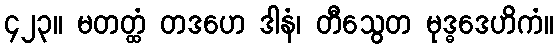
၄၂၃။ မတတ္ထံ တဒဟေ ဒါနံ၊ တီသွေတ မုဒ္ဓဒေဟိကံ။